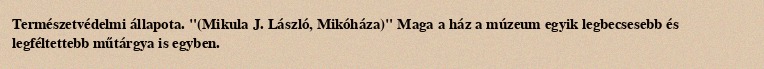
Természetvédelmi állapota. "(Mikula J. László, Mikóháza)" Maga a ház a múzeum egyik legbecsesebb és legféltettebb műtárgya is egyben.